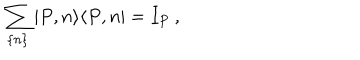
LaTeX: \sum _ { \{ n \} } | P , n \rangle \langle P , n | = I _ { P } \: ,